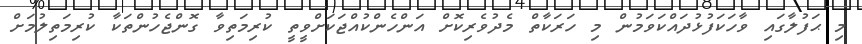
މި ޙަފުލާގައި ވާހަކަފުޅުދައްކަވަމުން މި ހަރަކާތް މެދުވެރިކޮށް އަންހެންކުއްޖަކަށްވީތީ ކުރިމަތިވާ ގޮންޖެހުންތަކާ ކުރިމަތިލުމަށް